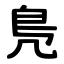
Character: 鳬